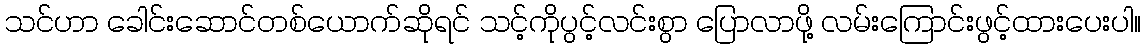
သင်ဟာ ခေါင်းဆောင်တစ်ယောက်ဆိုရင် သင့်ကိုပွင့်လင်းစွာ ပြောလာဖို့ လမ်းကြောင်းဖွင့်ထားပေးပါ။